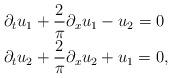
LaTeX: \begin{align*} \begin{array}{ll} \displaystyle\partial_{t}u_1 +\frac{2}{\pi}\partial_{x}u_1 -u_2=0 & \\ [2mm]\displaystyle\partial_{t}u_2 +\frac{2}{\pi}\partial_{x}u_2 +u_1=0, & \end{array} \end{align*}